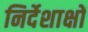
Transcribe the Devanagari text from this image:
निर्देशाक्षों